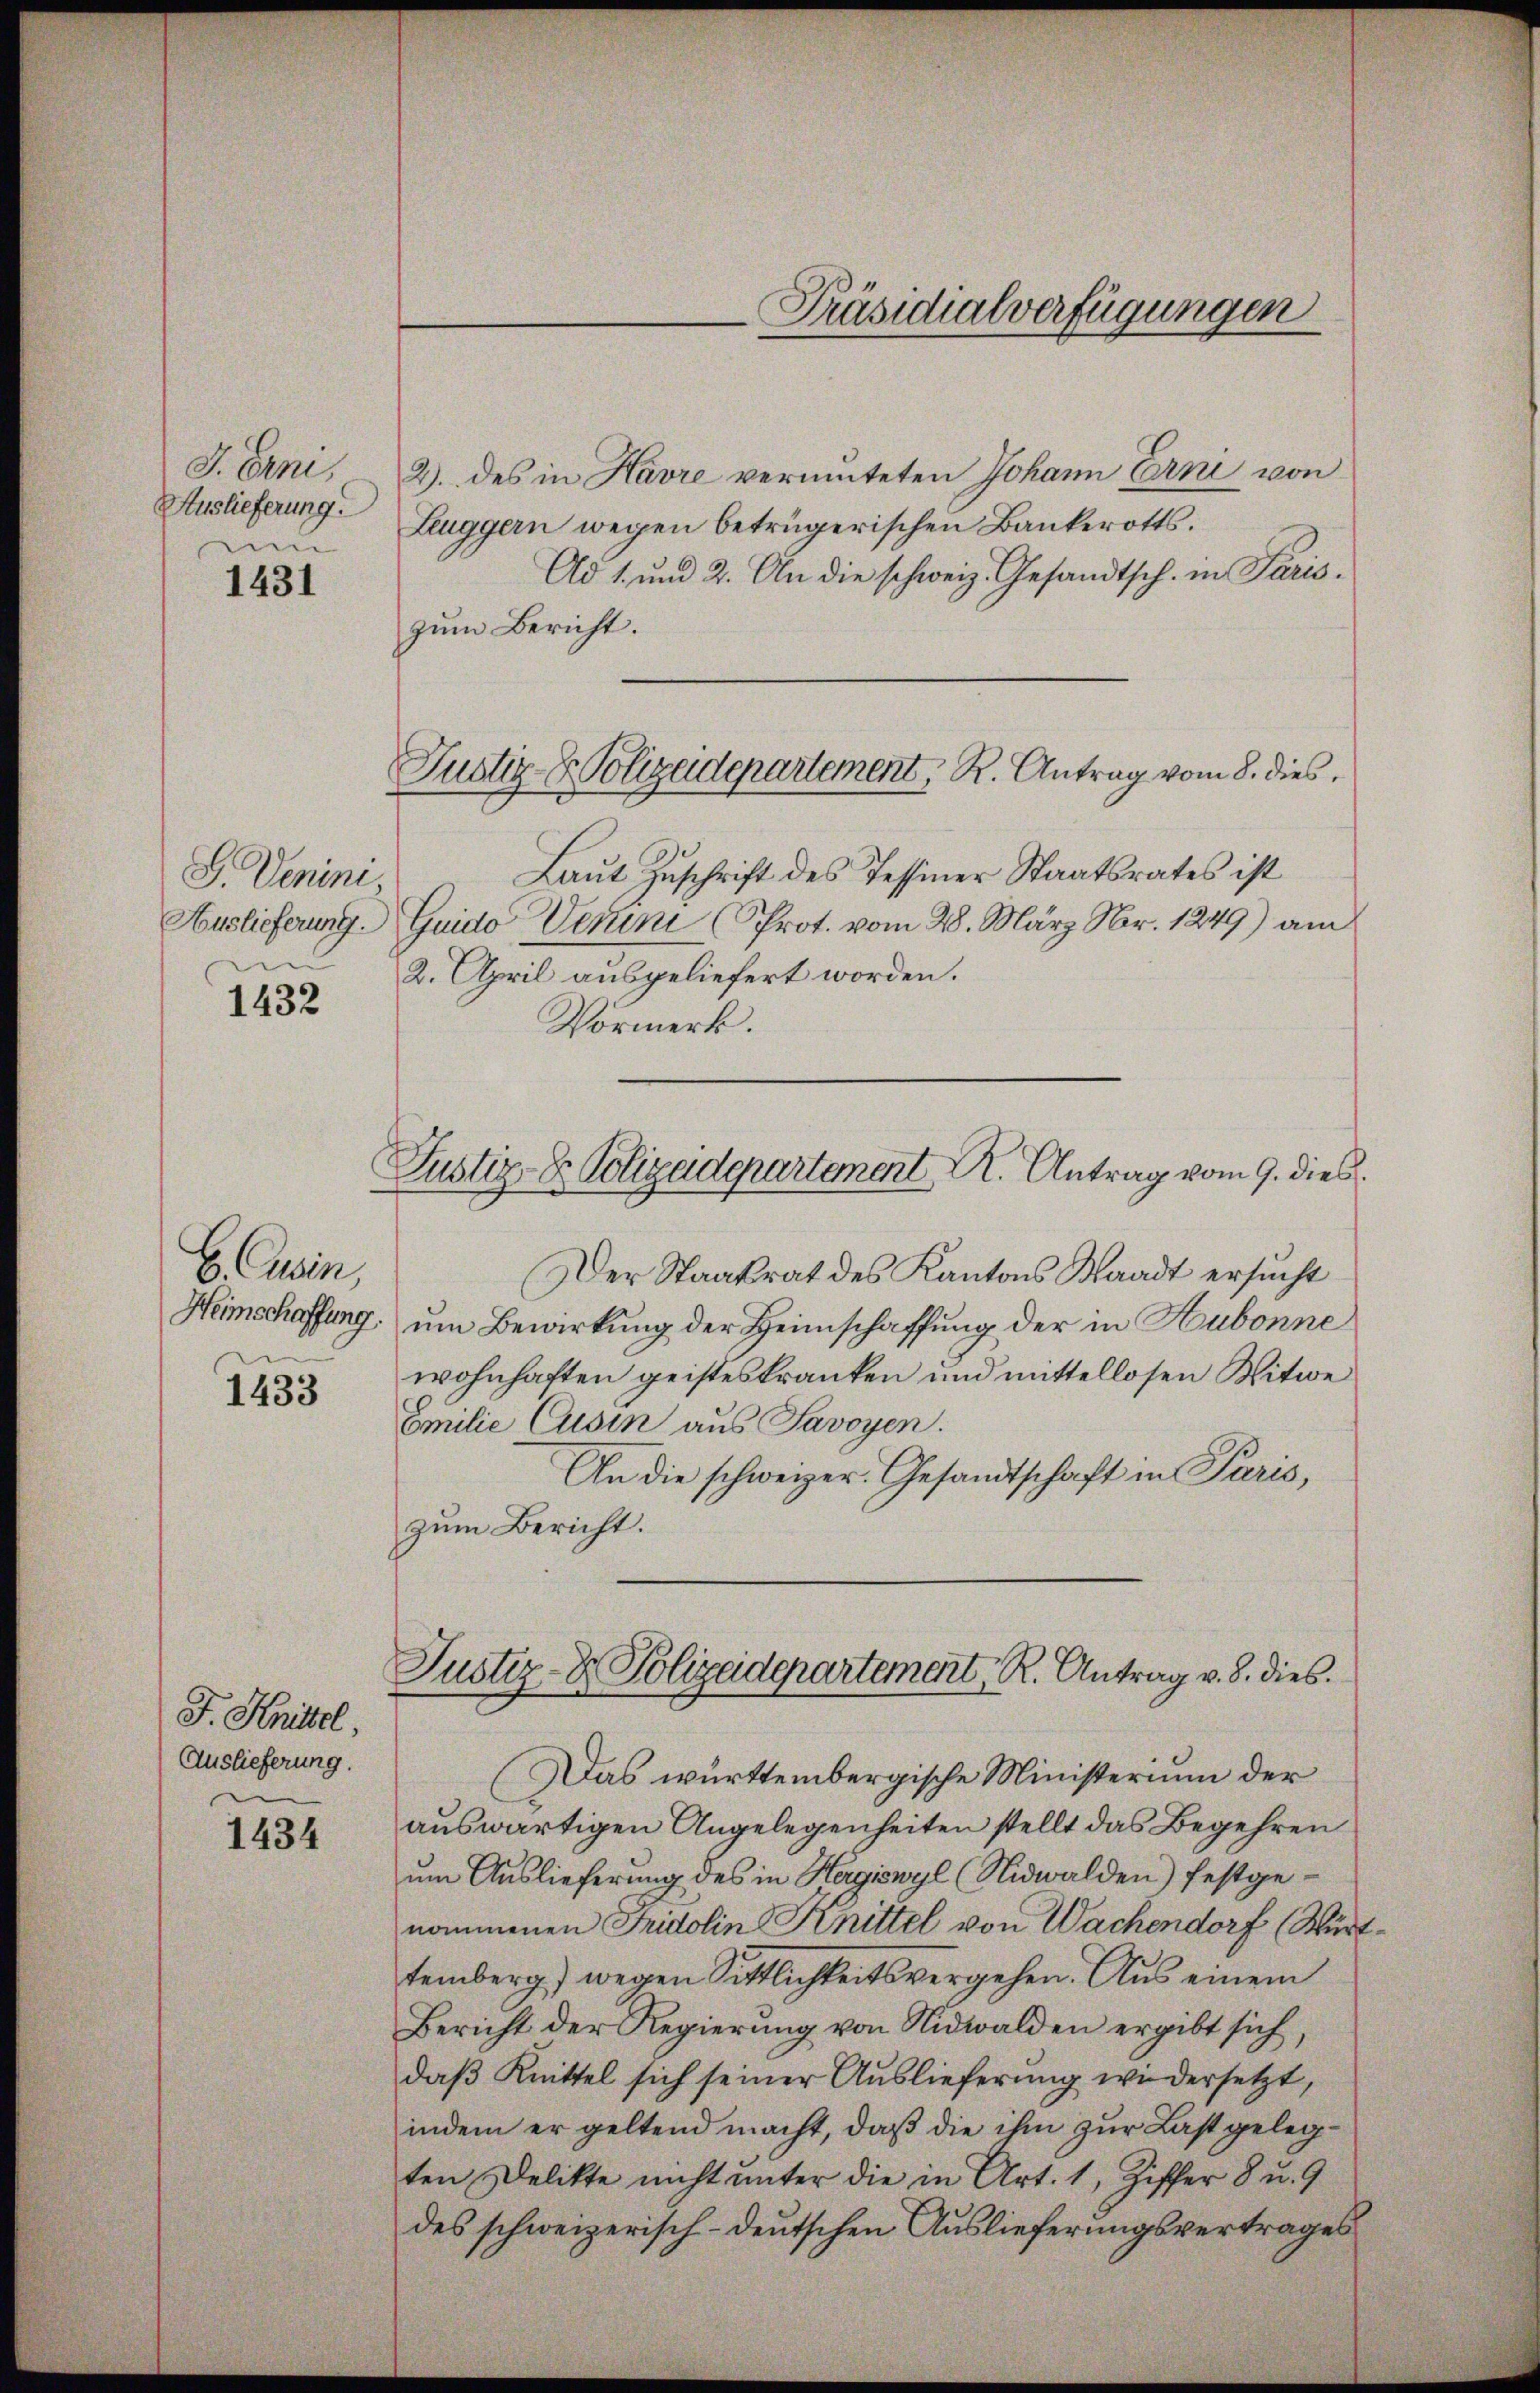
J. Erni,
Auslieferung.
m
1431

G. Venini
Auslieferung.

1432

E. Cusin,
Heimschaffung.

1433

F. Knittel,
Auslieferung.

1434

l

Justiz- & Polizeidepartement, K. Antrag vom 8. dies

2). des in Havre vermuteten Johann Erni von
Leuggern wegen betrügerischen Bankerotts¬
Ad 1. und 2. An die schweiz. Gesandtsch. in Pariszum Bericht.
Laut Zuschrift des Tessiner Staatsrates ist
Guido Verin (Prot. vom 28. März Nr. 1249) am
2. April ausgeliefert worden.
Vormerk.
Justiz- & Polizadepartement . Antrag vom 9. dies
Der Staatsrat des Kantons Staadt ersucht
um Bewirkung der Heimschaffung der in Hubonne
wohnhaften geisteskranken und mittellosen Witwe
Emilie Cusin aus Savoyen.
An die schweizer. Gesandtschaft in Paris,
zum Bericht.

Präsidialverfügungen

Justiz- & Polizeidepartement, R. Antrag v. 8. dies

Das württembergische Ministerium der
auswärtigen Angelegenheiten stellt das Begehren
um Auslieferung des in Hergiswyl (Nidwalden) festgenommenen Fridolin Knittel von Wachendorf (Württemberg) wegen Sittlichkeitsvergehen. Aus einem
Bericht der Regierung von Nidwalden ergibt sich,
daß Knittel sich seiner Auslieferung wiedersetzt,
indem er geltend macht, daß die ihn zur Last gelegten Delikte nicht unter die in Art. 1, Ziffer 8 u. 9
des schweizerisch-deutschen Auslieferungsvertrages